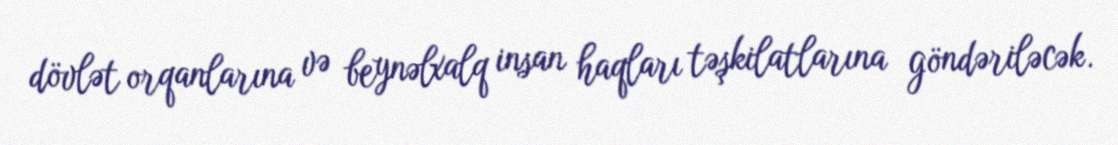
dövlət orqanlarına və beynəlxalq insan haqları təşkilatlarına göndəriləcək.